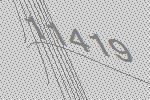
11419